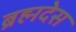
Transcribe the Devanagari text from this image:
ब्रह्मदेस